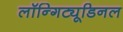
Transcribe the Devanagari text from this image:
लॉन्गिट्यूडिनल